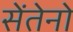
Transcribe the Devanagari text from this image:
सेंतेनो